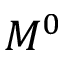
M ^ { 0 }